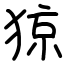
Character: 猄